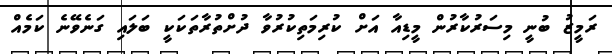
ރަމީޒު ބުނީ މިސަރުކާރުން މީޑިއާ އަށް ކުރިމަތިކުރުވާ ދުށްތުރާތަކަކީ ބަލައި ގަނެވޭނެ ކަމެއް